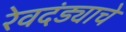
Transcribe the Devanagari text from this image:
रेवदंड्याचे